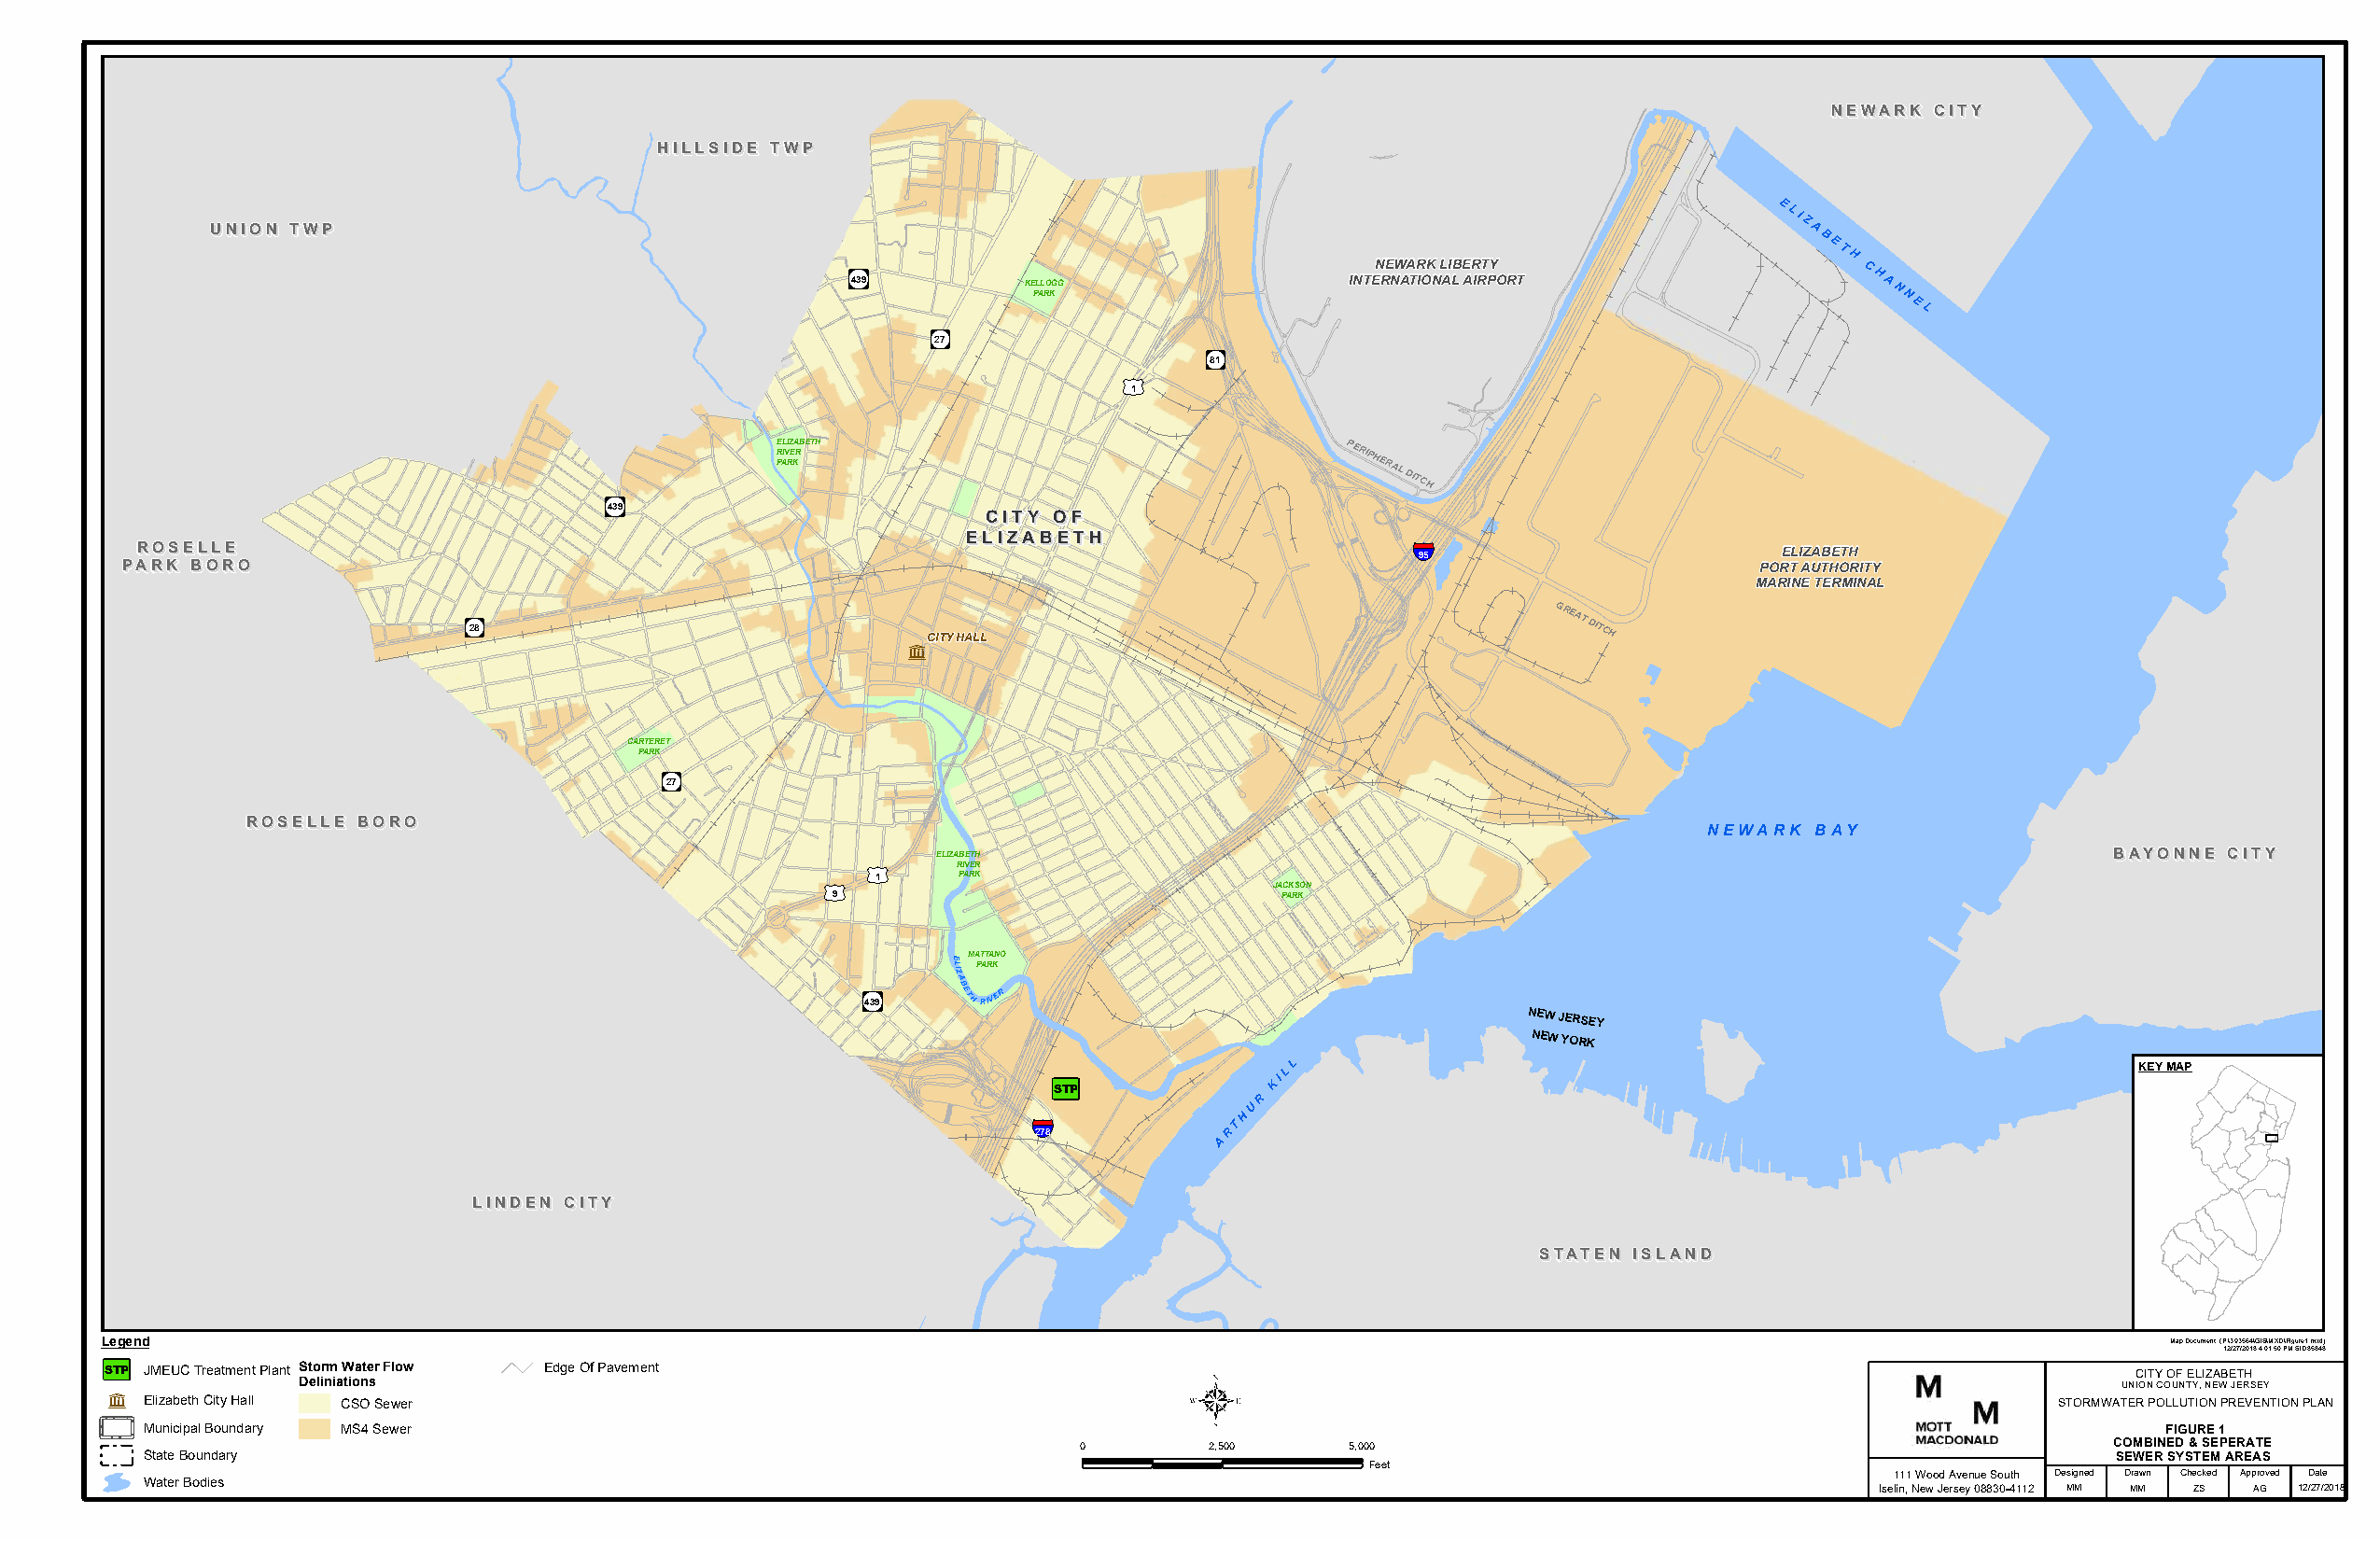
NNEEWWAARRKK CCIITTYY
 HHIILLLLSSIIDDEE TTWWPP
 E
 LI
 Z
 UUNNIIOONN TTWWPP                                                                                                A
 B
 E
 T
 !8                                    NEWARK LIBERTY
 H
 C
 439          KE PL AL RO KGG        INTERNATIONAL AIRPORT                H A N
 N
 E
 L
 !8
 27
 !8
 81
 £¤
 1
 E
 R
 PAL IVI RZ
 E
 KA RBETH                               PERIPHERAL
 DITCH
 !8
 439
 CCIITTYY OOFF
 RROOSSEELLLLEE
 EELLIIZZAABBEETTHH
 §¨¦ 95                    ELIZABETH
 PPAARRKK BBOORROO                                                                                                   PORT AUTHORITY
 MARINE TERMINAL
 !8
 28
 ñCITY HALL
 GREAT
 DITCH
 CARTERET
 PARK
 !8
 27
 RROOSSEELLLLEE BBOORROO
 NEWARK  BAY
 ELIZABETH                                                                           BBAAYYOONNNNEE CCIITTYY
 £¤    RIVER
 1     PARK
 £¤                              JACKSON
 9                               PARK
 E MATTANO
 L PARK
 IZA
 !8
 439
 BETHRIVER
 NEW JERSEY
 NEW YORK
 3
 KILL                                                          KEY MAP
 STP
 R
 U
 §¨¦            TH
 278           R
 A
 LLIINNDDEENN CCIITTYY
 SSTTAATTEENN IISSLLAANNDD
 Legend                                                                                                                                             Map Document: (P:\393564\GIS\MXD\Figure1.mxd)
 12/27/2018 4:01:50 PM SID85848
 3
 STP JMEUC Treatment Plant Storm Water Flow Edge Of Pavement                  5                                                                  CITY OF ELIZABETH
 ñ            Deliniations                                                                                                                     UNION COUNTY, NEW JERSEY
 Elizabeth City Hall CSO Sewer                                                                                                           STORMWATER POLLUTION PREVENTION PLAN
 Municipal Boundary MS4 Sewer                                                                                                                    FIGURE 1
 0        2,500     5,000                                                 COMBINED & SEPERATE
 State Boundary                                                                                                                              SEWER SYSTEM AREAS
 Feet
 111 Wood Avenue South Designed Drawn Checked Approved Date
 Water Bodies
 Iselin, New Jersey 08830-4112 MM MM ZS AG 12/27/2018